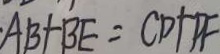
A B + B E = C D + P F